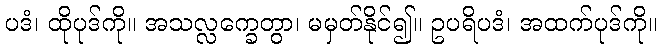
ပဒံ၊ ထိုပုဒ်ကို။ အသလ္လက္ခေတွာ၊ မမှတ်နိုင်၍။ ဥပရိပဒံ၊ အထက်ပုဒ်ကို။